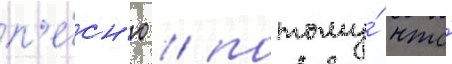
п'е́сн'ю / потому́ что́